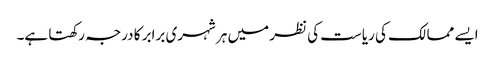
ایسے ممالک کی ریاست کی نظر میں ہر شہری برابر کا درجہ رکھتا ہے۔